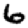
Digit: 6